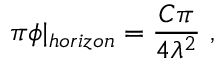
\pi \phi \vert _ { h o r i z o n } = \frac { C \pi } { 4 \lambda ^ { 2 } } \ ,